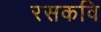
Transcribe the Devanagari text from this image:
रसकवि